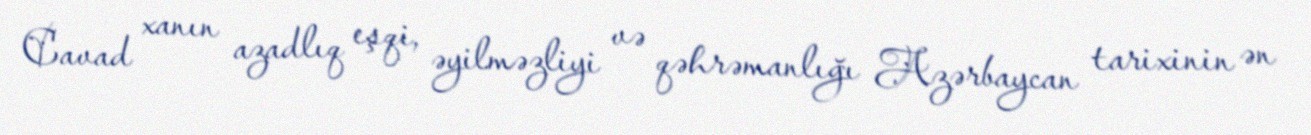
Cavad xanın azadlıq eşqi, əyilməzliyi və qəhrəmanlığı Azərbaycan tarixinin ən